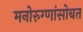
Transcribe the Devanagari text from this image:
मनोरुग्णांसोबत